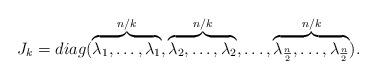
LaTeX: \begin{align*}J_{k}=diag(\overbrace{\lambda _{1},\ldots,\lambda_{1}}^{n/k} ,\overbrace{\lambda _{2},\ldots,\lambda _{2}}^{n/k},\ldots ,\overbrace{\lambda _{\frac{n}{2}},\ldots,\lambda _{\frac{n}{2}}}^{n/k}). \end{align*}